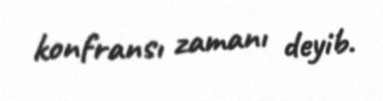
konfransı zamanı deyib.